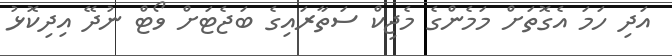
އަދި ހަމަ އެގޮތަށް މަމެންގެ މެޖިކް ސަތާރައިގެ ބަޖެޓަށް ވޯޓް ނުދޭ އިދިކޮޅު